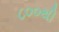
૮૦૦થી